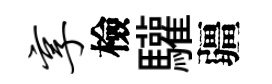
享檢驩疆